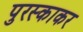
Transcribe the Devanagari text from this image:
पुरस्काकर